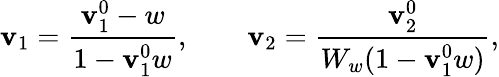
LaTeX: \mathbf{v}_{1}=\frac{{\mathbf{v}_{1}^{0}-w}}{{1-\mathbf{v}_{1}^{0}w}},\qquad\mathbf{v}_{2}=\frac{{\mathbf{v}_{2}^{0}}}{{W_{w}(1-\mathbf{v}_{1}^{0}w)}},